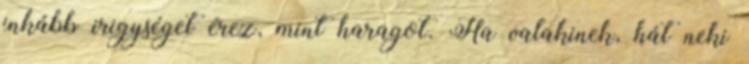
inkább irigységet érez, mint haragot. Ha valakinek, hát neki